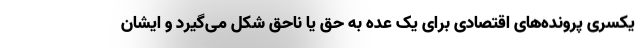
یکسری پرونده‌های اقتصادی برای یک عده به حق یا ناحق شکل می‌گیرد و ایشان